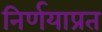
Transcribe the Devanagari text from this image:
निर्णयाप्रत